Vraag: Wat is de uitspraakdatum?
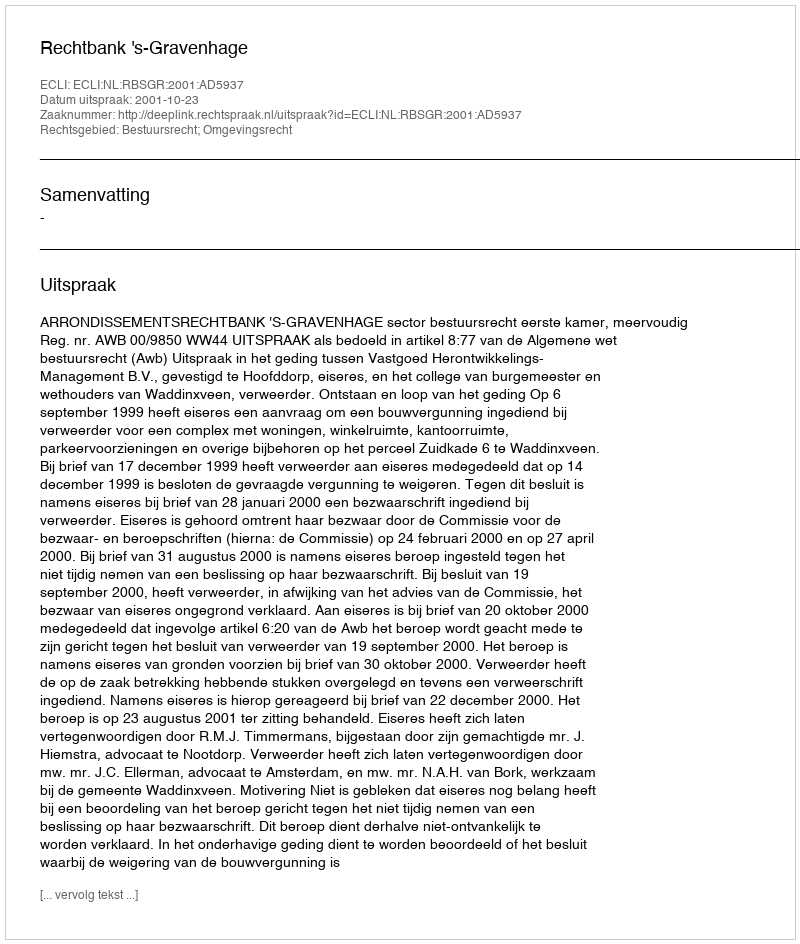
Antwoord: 2001-10-23